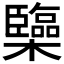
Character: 𰙅